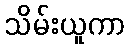
သိမ်းယူကာ